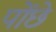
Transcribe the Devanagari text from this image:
पोंछे